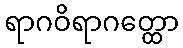
ရာဂဝိရာဂတ္ထော